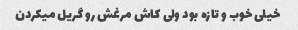
خیلی خوب و تازه بود ولی کاش مرغش رو گریل میکردن